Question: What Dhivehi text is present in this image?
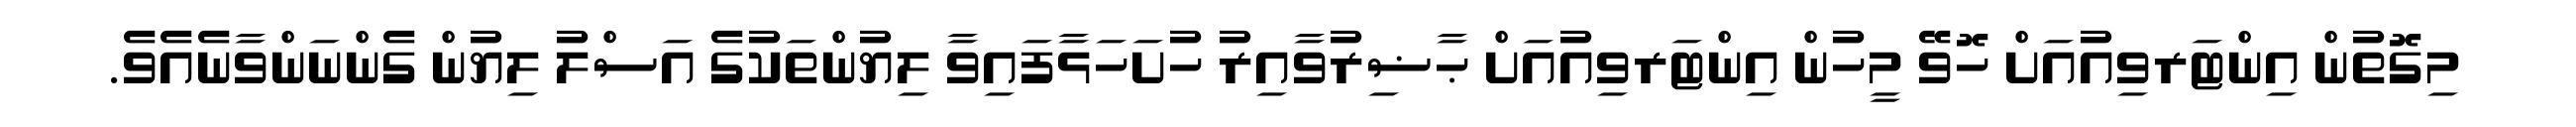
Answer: މިގޮތުން އިންޓަރވިއުއަށް ހޮވޭ މީހުން އިންޓަރވިއުއަށް ޙާޟިރުވާއިރު ހުށަހަޅާފައިވާ ލިޔުންތަކުގެ އަސްލު ލިޔުން ގެންނަންވާނެއެވެ.